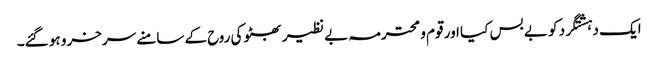
ایک دہشتگرد کو بے بس کیا اور قوم و محترمہ بے نظیر بھٹو کی روح کے سامنے سرخرو ہو گئے۔